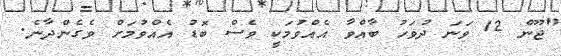
"ޖޫން 12 ވަނަ ދުވަހު ބާއްވާ އެއްވުމަކީ ވެސް ބޮޑު އެއްވުމަށް ވެގެންދާނެ.